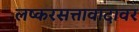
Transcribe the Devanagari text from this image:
लष्करसत्तावादावर